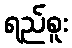
ရည်စူး